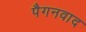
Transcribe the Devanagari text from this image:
पैगनवाद